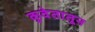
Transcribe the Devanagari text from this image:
कुवेतातून